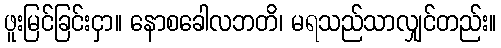
ဖူးမြင်ခြင်းငှာ။ နောစခေါလဘတိ၊ မရသည်သာလျှင်တည်း။